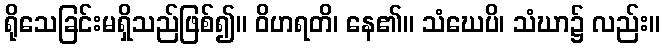
ရိုသေခြင်းမရှိသည်ဖြစ်၍။ ဝိဟရတိ၊ နေ၏။ သံဃေပိ၊ သံဃာ၌ လည်း။